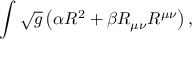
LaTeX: \int \sqrt { g } \left( \alpha R ^ { 2 } + \beta R _ { \mu \nu } R ^ { \mu \nu } \right) ,